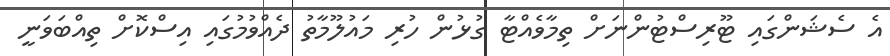
އެ ސެޝަންގައި ޓޫރިސްޓުންނަށް ތިމާވެއްޓާ ގުޅުން ހުރި މައުލޫމާތު ދެއްވުމުގައި އިސްކޮށް ތިއްބަވަނީ